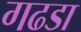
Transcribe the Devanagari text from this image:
गढडा